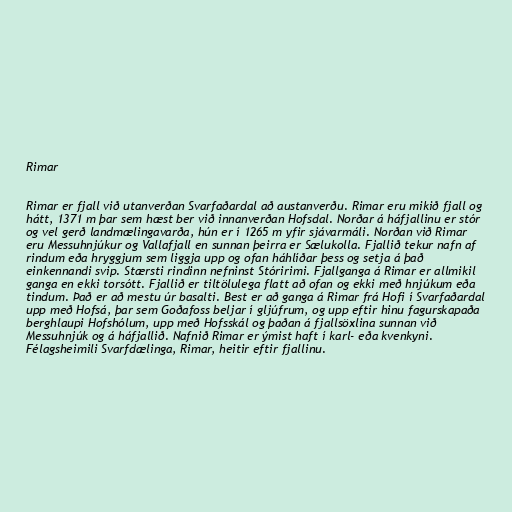
Rimar

Rimar er fjall við utanverðan Svarfaðardal að austanverðu. Rimar eru mikið fjall og
hátt, 1371 m þar sem hæst ber við innanverðan Hofsdal. Norðar á háfjallinu er stór
og vel gerð landmælingavarða, hún er í 1265 m yfir sjávarmáli. Norðan við Rimar
eru Messuhnjúkur og Vallafjall en sunnan þeirra er Sælukolla. Fjallið tekur nafn af
rindum eða hryggjum sem liggja upp og ofan háhlíðar þess og setja á það
einkennandi svip. Stærsti rindinn nefninst Stóririmi. Fjallganga á Rimar er allmikil
ganga en ekki torsótt. Fjallið er tiltölulega flatt að ofan og ekki með hnjúkum eða
tindum. Það er að mestu úr basalti. Best er að ganga á Rimar frá Hofi í Svarfaðardal
upp með Hofsá, þar sem Goðafoss beljar í gljúfrum, og upp eftir hinu fagurskapaða
berghlaupi Hofshólum, upp með Hofsskál og þaðan á fjallsöxlina sunnan við
Messuhnjúk og á háfjallið. Nafnið Rimar er ýmist haft í karl- eða kvenkyni.
Félagsheimili Svarfdælinga, Rimar, heitir eftir fjallinu.